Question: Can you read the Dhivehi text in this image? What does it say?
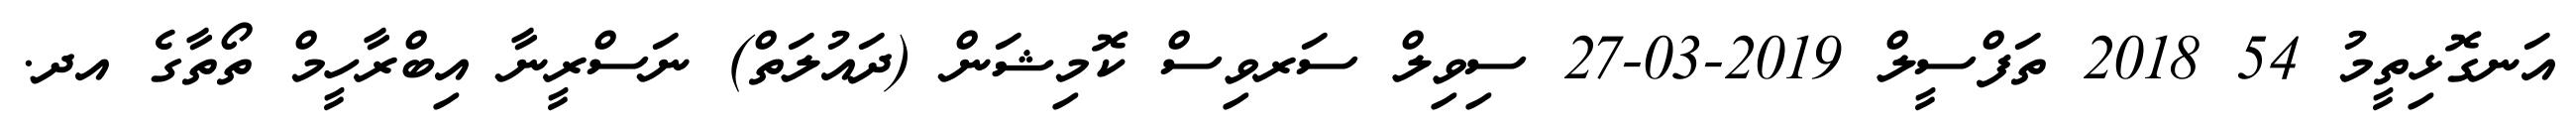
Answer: އަނގޮޅިތީމު 54 2018 ތަފްސީލް 2019-03-27 ސިވިލް ސަރވިސް ކޮމިޝަން (ދައުލަތް) ނަސްރީނާ އިބްރާހީމް ތޯތާގެ އދ.